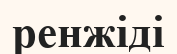
ренжіді